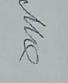
Signature authenticity: genuine